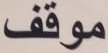
موقف